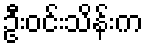
ဦးဝင်းသိန်းက